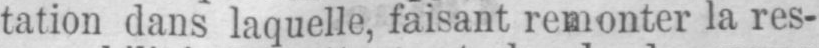
tation dans laquelle, faisant remonter la res-